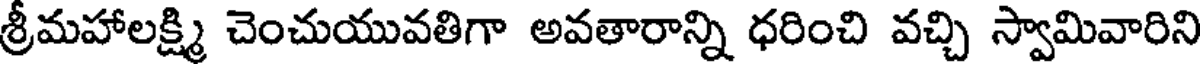
శ్రీమహాలక్ష్మి చెంచుయువతిగా అవతారాన్ని ధరించి వచ్చి స్వామివారిని